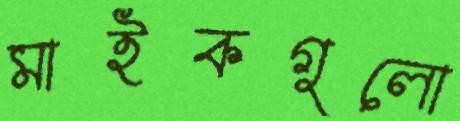
মাইকগুলো